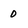
Character: 0